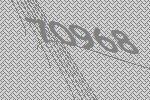
70968